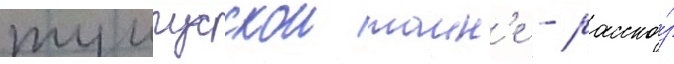
тунгусскои таин'е - расска́з